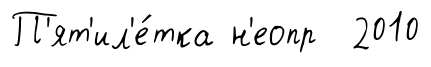
П'ят'ил'е́тка н'еопр 2010